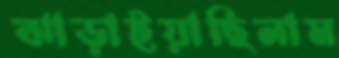
ঝাড়াইয়াছিলাম